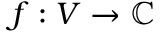
f : V \rightarrow \mathbb { \mathbb { C } }